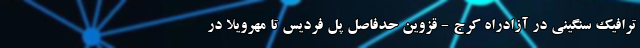
ترافیک سنگینی در آزادراه کرج - قزوین حدفاصل پل فردیس تا مهرویلا در